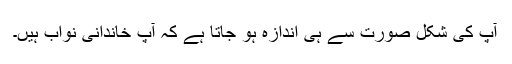
آپ کی شکل صورت سے ہی اندازہ ہو جاتا ہے کہ آپ خاندانی نواب ہیں۔